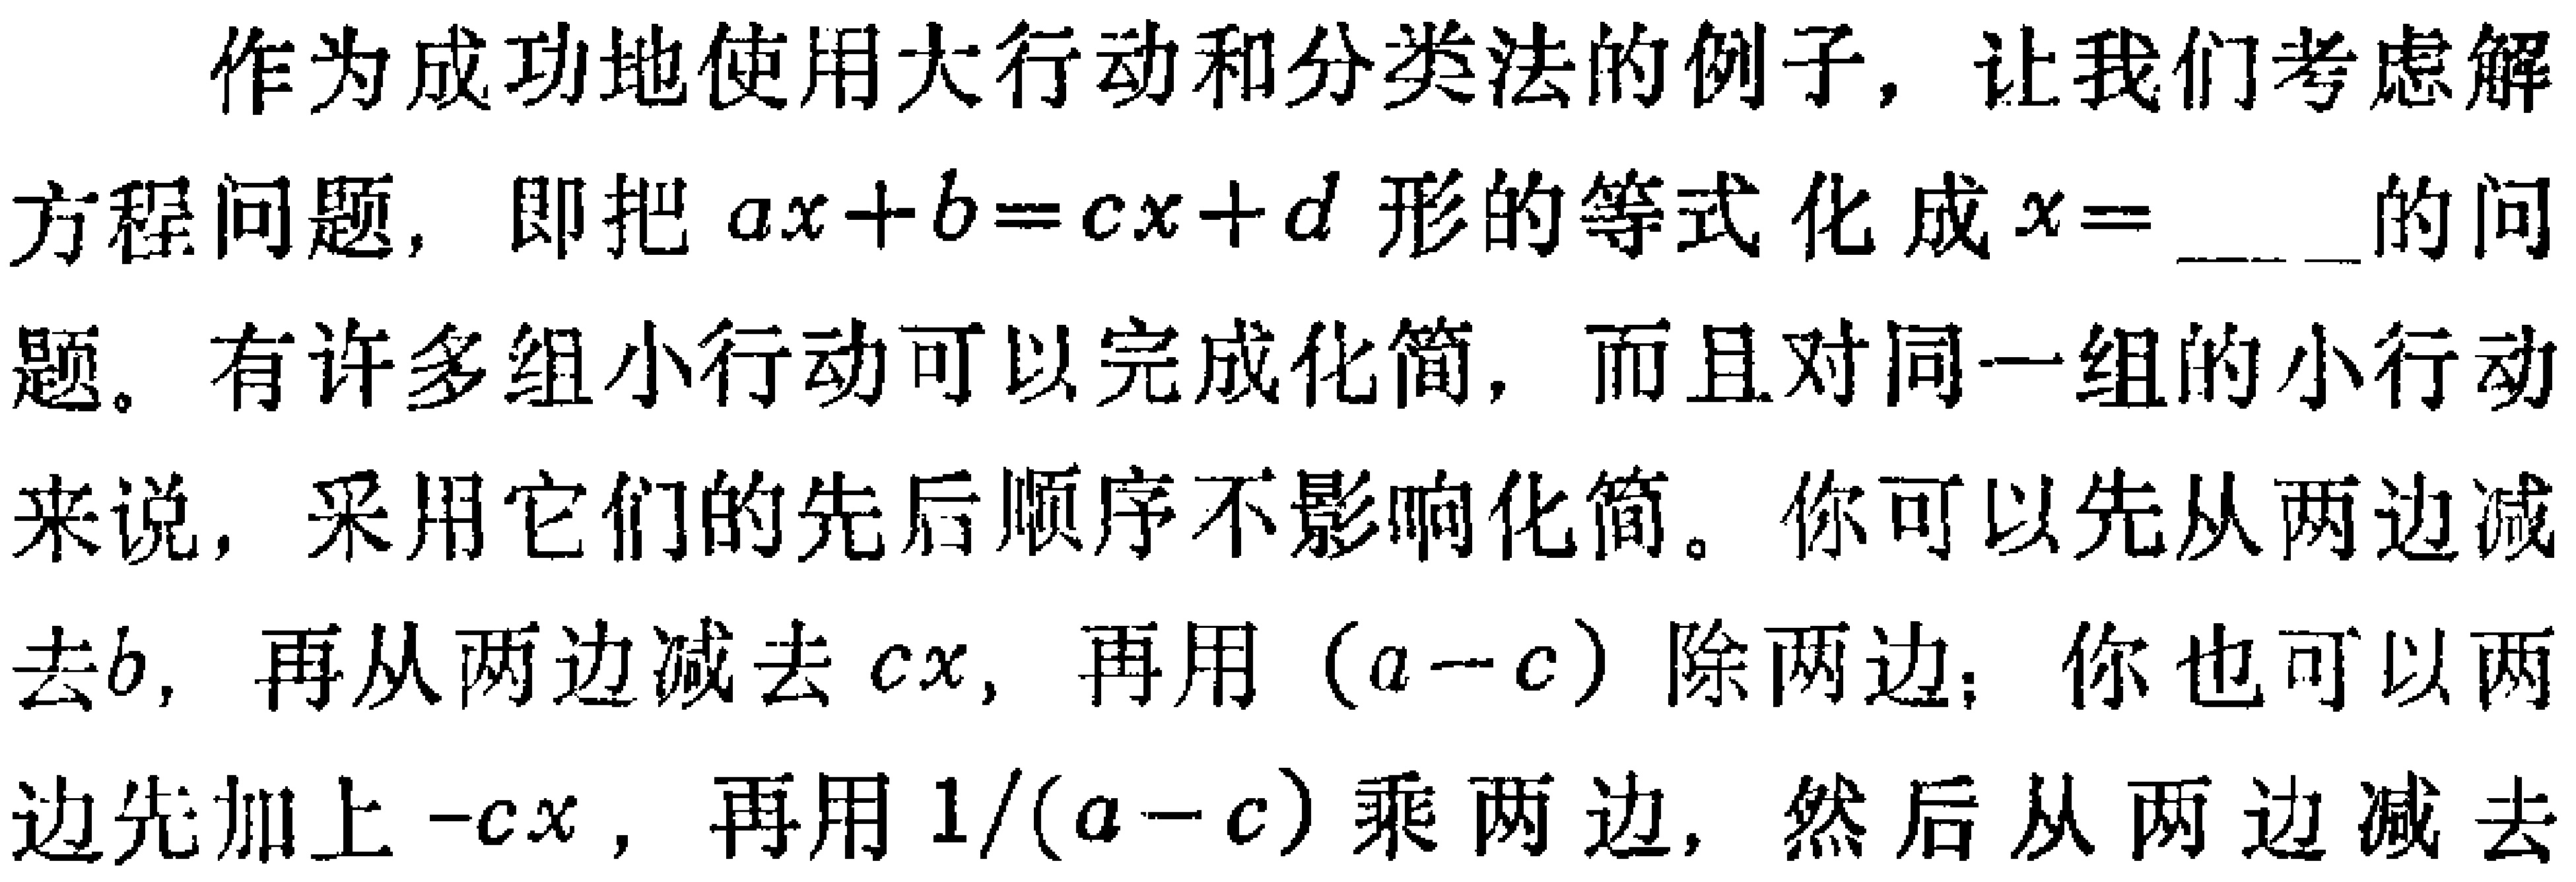
作为成功地使用大行动和分类法的例子，让我们考虑解方程问题，即把 \(ax + b = cx + d\) 形的等式化成 \(x = \_\_\_\) 的问题。有许多组小行动可以完成化简，而且对同一组的小行动来说，采用它们的先后顺序不影响化简。你可以先从两边减去\(b\)，再从两边减去 \(cx\)，再用 \((a - c)\) 除两边；你也可以两边先加上 \(-cx\)，再用 \(1/(a - c)\) 乘两边，然后从两边减去